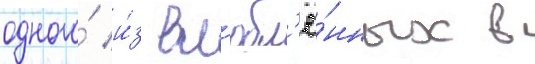
одного́ и́з вл'юбл'ё́нных в